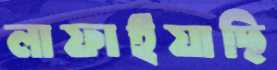
লাফাইয়াছি